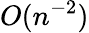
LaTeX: O(n^{-2})